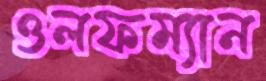
ওলফম্যান